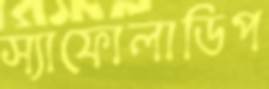
স্যাফোলাডিপ